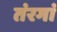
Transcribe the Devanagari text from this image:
तंरगां